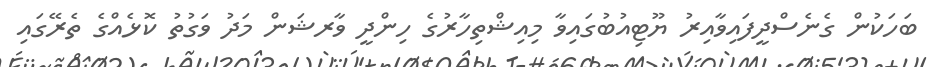
ބަހަކުން ގެނެސްދީފައިވާއިރު ޔޫޓިއުބުގައިވާ މިއިޝްތިހާރުގެ ހިންދީ ވާރޝަން މަދު ވަގުތު ކޮޅެއްގެ ތެރޭގައި